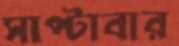
সাপ্‌টাবার